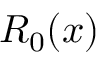
R _ { 0 } ( x )